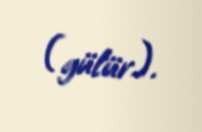
(gülür).